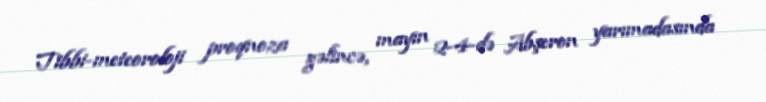
Tibbi-meteoroloji proqnoza gəlincə, mayın 2-4-də Abşeron yarımadasında